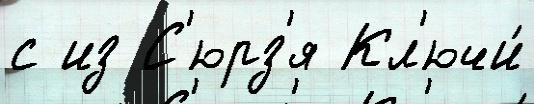
с из С'юрз'я Кл'ючи́